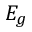
E _ { g }